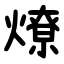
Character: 燎